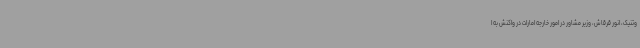
وتنیک، انور قرقاش،‌ وزیر مشاور در امور خارجه امارات در واکنش به ا